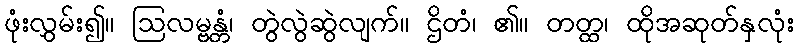
ဖုံးလွှမ်း၍။ ဩလမ္ဗန္တံ၊ တွဲလွဲဆွဲလျက်။ ဌိတံ၊ ၏။ တတ္ထ၊ ထိုအဆုတ်နှလုံး